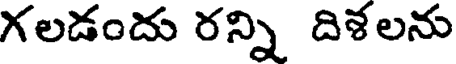
గలడందు రన్ని దిళలను